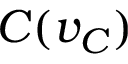
C ( v _ { C } )